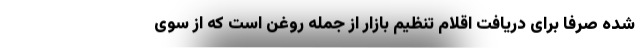
شده صرفا برای دریافت اقلام تنظیم بازار از جمله روغن است که از سوی